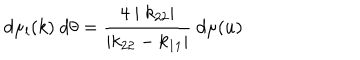
d \mu _ { l } ( k ) ~ d \theta = \frac { 4 \mid k _ { 2 2 } \mid } { \mid k _ { 2 2 } - k _ { 1 1 } \mid } ~ d \mu ( u )